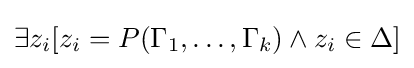
\exists z_{i}[z_{i}=P(\Gamma _{1},\dots ,\Gamma _{k})\land z_{i}\in \Delta ]